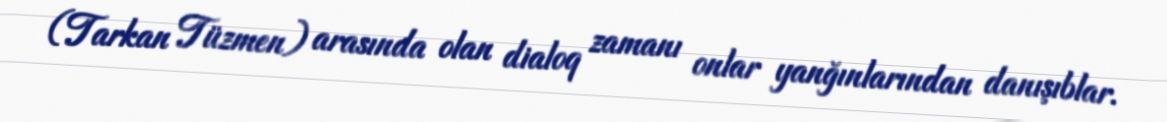
(Tarkan Tüzmen) arasında olan dialoq zamanı onlar yanğınlarından danışıblar.